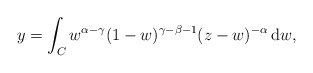
\begin{align*}y= \int_{C} w^{\alpha -\gamma} (1-w)^{\gamma -\beta -1} (z-w)^{-\alpha} \, {\rm d}w,\end{align*}